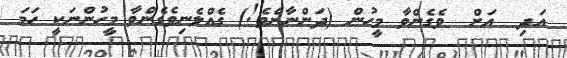
އަދި  އަށް  ވެގެންވާ މީހުން (ދަންނާށެވެ!) ގެއްލެނިވެގެންވާ މީހުންނަކީ ހަމަ